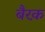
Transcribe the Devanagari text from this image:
बैरक़